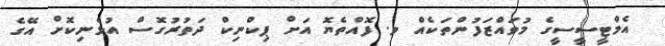
އެމްޓީސީސީގެ މުވައްޒަފުންތަކެއް ވ. ފޮއްތެޔޮ އަށް ޕިކްނިކް ދަތުރުގޮސް އުޅެނިކޮށް އޭގެ